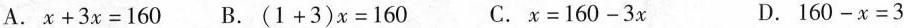
A.$$x + 3 x = 1 6 0$$ B.$$( 1 + 3 ) x = 1 6 0$$ C.$$x = 1 6 0 - 3 x%% D.$$1 6 0 - x = 3$$